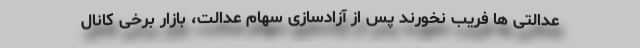
عدالتی ها فریب نخورند پس از آزادسازی سهام عدالت، بازار برخی کانال